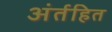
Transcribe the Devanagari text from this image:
अंर्तहित